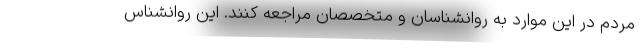
مردم در این موارد به روانشناسان و متخصصان مراجعه کنند. این روانشناس